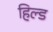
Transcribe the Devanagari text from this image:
हिल्ड